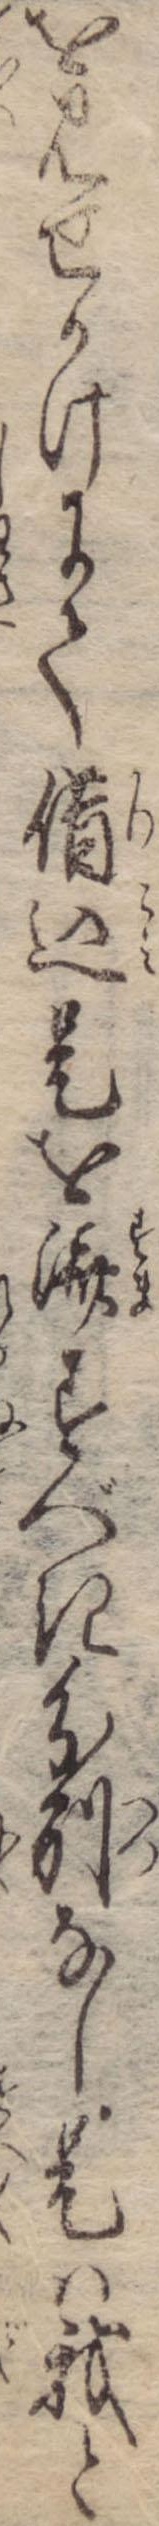
を見せかけにて借込是を済すべき分別なし是は我と